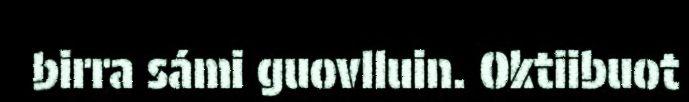
birra sámi guovlluin. Oktiibuot